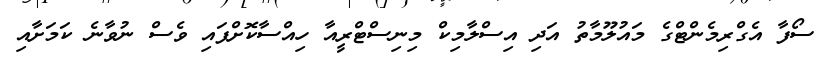
ސޯފާ އެގްރިމެންޓްގެ މައުލޫމާތު އަދި އިސްލާމިކް މިނިސްޓްރީއާ ހިއްސާކޮށްފައި ވެސް ނުވާނެ ކަމަށާއި